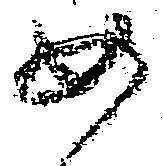
如